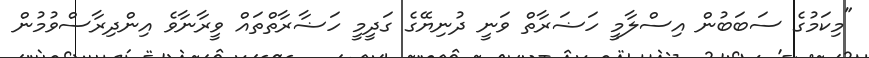
"މިކަމުގެ ސަބަބުން އިސްލާމީ ހަޟަރާތް ވަނީ ދުނިޔޭގެ ގަދީމީ ހަޟާރާތްތައް ވީރާނާވެ އިންދިރާސްވުމުން